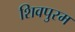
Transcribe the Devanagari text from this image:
शिवपुरम